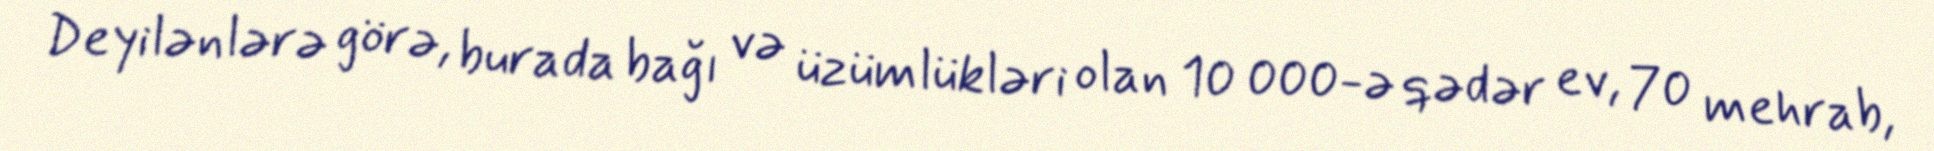
Deyilənlərə görə, burada bağı və üzümlükləri olan 10 000-ə qədər ev, 70 mehrab,